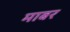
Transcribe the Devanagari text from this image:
माबर